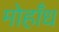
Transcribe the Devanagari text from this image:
मोहाँध